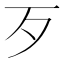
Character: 歹